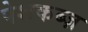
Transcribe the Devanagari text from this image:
पेशकब्ज़